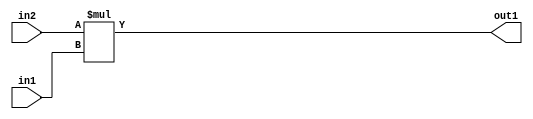
`timescale 1ps / 1ps
/*****************************************************************************
    Verilog RTL Description
    
    
    Created by: Stratus DpOpt 2019.1.01 
*******************************************************************************/

module DC_Filter_Mul_9Ux4U_12U_1 (
	in2,
	in1,
	out1
	); /* architecture "behavioural" */ 
input [8:0] in2;
input [3:0] in1;
output [11:0] out1;
wire [11:0] asc001;

assign asc001 = 
	+(in2 * in1);

assign out1 = asc001;
endmodule

/* CADENCE  ubD4Qwo= : u9/ySgnWtBlWxVPRXgAZ4Og= ** DO NOT EDIT THIS LINE ******/